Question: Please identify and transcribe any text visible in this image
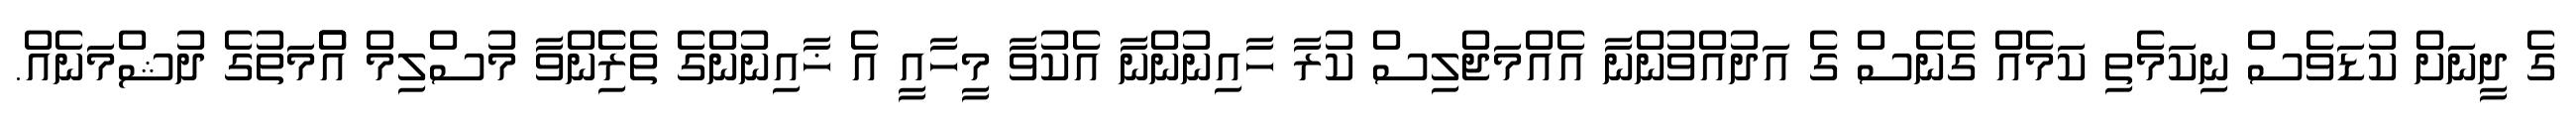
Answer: ގެ ދީނަށް ކުޑަވެސް ނިކަމެތި ކަމެއް ގެނެސް ގެ އަދުއްވުންނާ އެއްމަޖްލިސް ކުރާ ހާއިނުންނާ އެކުވާ މީހާއީ އެ ޚާއިނުންގެ ތެރެެިންވާ މުސްލިމް އުެްމަތުގެ ދުޝްމަނެއް.